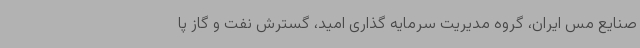
صنایع مس ایران، گروه مدیریت سرمایه گذاری امید، گسترش نفت و گاز پا